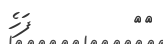
٥٤         ފަހެ